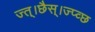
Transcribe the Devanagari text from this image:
ज्त्।छैस्।ज्प्व्छ